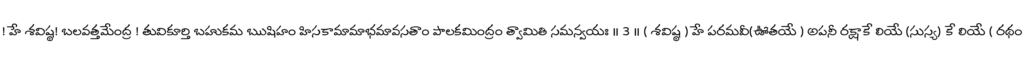
! హే శవిష్ఠ! బలవత్తమేంద్ర ! తువికూర్తి బహుకమ ఋషిహం హిసకామామాభమావసతాం పాలకమింద్రం త్వామితి సమన్వయః ॥ 3 ॥ ( శవిష్ఠ ) హే పరమవీ(ఊతయే ) అపనీ రక్షాకే లియే (సుస్య) కే లియే ( రథం